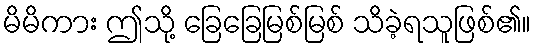
မိမိကား ဤသို့ ခြေခြေမြစ်မြစ် သိခဲ့ရသူဖြစ်၏။